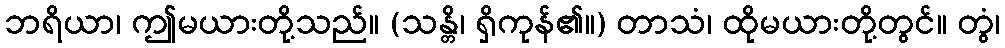
ဘရိယာ၊ ဤမယားတို့သည်။ (သန္တိ၊ ရှိကုန်၏။) တာသံ၊ ထိုမယားတို့တွင်။ တွံ၊